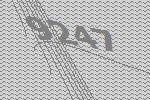
9247